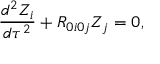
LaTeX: \frac { d ^ { 2 } Z _ { i } } { d \tau ^ { 2 } } + R _ { 0 i 0 j } Z _ { j } = 0 ,